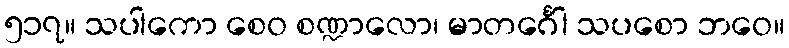
၅၁၇။ သပါကော စေဝ စဏ္ဍာလော၊ မာတင်္ဂေါ သပစော ဘဝေ။